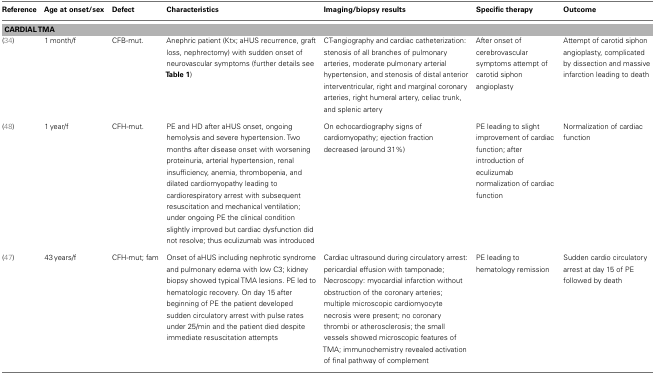
<table><thead><tr><td><b>Reference</b></td><td><b>Age at onset/sex</b></td><td><b>Defect</b></td><td><b>Characteristics</b></td><td><b>Imaging/biopsy results</b></td><td><b>Specific therapy</b></td><td><b>Outcome</b></td></tr></thead><tbody><tr><td colspan="7"><b>CARDIAL TMA</b></td></tr><tr><td>(34)</td><td>1 month/f</td><td>CFB-mut.</td><td>Anephric patient (Ktx; aHUS recurrence, graft loss, nephrectomy) with sudden onset of neurovascular symptoms (further details see Table 1)</td><td>CT-angiography and cardiac catheterization: stenosis of all branches of pulmonary arteries, moderate pulmonary arterial hypertension, and stenosis of distal anterior interventricular, right and marginal coronary arteries, right humeral artery, celiac trunk, and splenic artery</td><td>After onset of cerebrovascular symptoms attempt of carotid siphon angioplasty</td><td>Attempt of carotid siphon angioplasty, complicated by dissection and massive infarction leading to death</td></tr><tr><td>(48)</td><td>1 year/f</td><td>CFH-mut.</td><td>PE and HD after aHUS onset, ongoing hemolysis and severe hypertension. Two months after disease onset with worsening proteinuria, arterial hypertension, renal insufficiency, anemia, thrombopenia, and dilated cardiomyopathy leading to cardiorespiratory arrest with subsequent resuscitation and mechanical ventilation; under ongoing PE the clinical condition slightly improved but cardiac dysfunction did not resolve; thus eculizumab was introduced</td><td>On echocardiography signs of cardiomyopathy; ejection fraction decreased (around 31%)</td><td>PE leading to slight improvement of cardiac function; after introduction of eculizumab normalization of cardiac function</td><td>Normalization of cardiac function</td></tr><tr><td>(47)</td><td>43 years/f</td><td>CFH-mut; fam</td><td>Onset of aHUS including nephrotic syndrome and pulmonary edema with low C3; kidney biopsy showed typical TMA lesions. PE led to hematologic recovery. On day 15 after beginning of PE the patient developed sudden circulatory arrest with pulse rates under 25/min and the patient died despite immediate resuscitation attempts</td><td>Cardiac ultrasound during circulatory arrest: pericardial effusion with tamponade; Necroscopy: myocardial infarction without obstruction of the coronary arteries; multiple microscopic cardiomyocyte necrosis were present; no coronary thrombi or atherosclerosis; the small vessels showed microscopic features of TMA; immunochemistry revealed activation of final pathway of complement</td><td>PE leading to hematology remission</td><td>Sudden cardio circulatory arrest at day 15 of PE followed by death</td></tr></tbody></table>